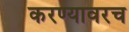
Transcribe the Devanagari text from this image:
करण्यावरच